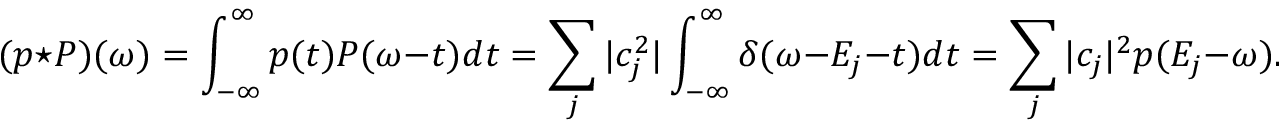
( { p } \star P ) ( \omega ) = \int _ { - \infty } ^ { \infty } p ( t ) P ( \omega - t ) d t = \sum _ { j } | c _ { j } ^ { 2 } | \int _ { - \infty } ^ { \infty } \delta ( \omega - E _ { j } - t ) d t = \sum _ { j } | c _ { j } | ^ { 2 } p ( E _ { j } - \omega ) .